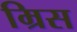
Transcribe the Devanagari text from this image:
म्रिस